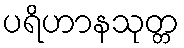
ပရိဟာနသုတ္တ